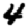
Digit: 4